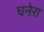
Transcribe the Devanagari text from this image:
घनेरा